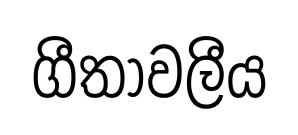
ගීතාවලීය